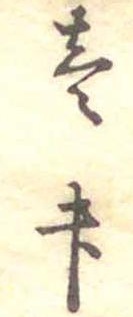
壱升